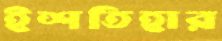
ইশতিহার